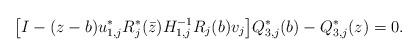
LaTeX: \begin{align*} \big[ I-(z-b)u_{1,j}^*R_j^*(\bar z)H_{1,j}^{-1}R_j(b)v_j \big] Q_{3,j}^{*}(b)-Q_{3,j}^{*}(z)=0. \end{align*}